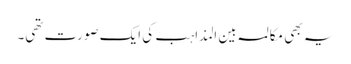
یہ بھی مکالمہ بین المذاہب کی ایک صورت تھی۔